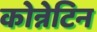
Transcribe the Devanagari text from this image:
कोन्नेटिन